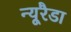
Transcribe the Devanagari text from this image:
न्यूरैडा